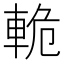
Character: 𫏸